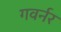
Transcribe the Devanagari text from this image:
गवर्नर